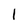
Character: 1